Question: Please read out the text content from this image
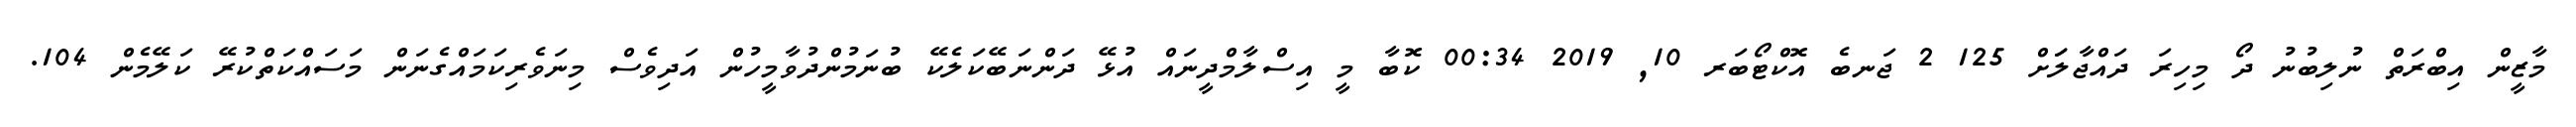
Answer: މާޒީން އިބްރަތް ނުލިބުނު ދޯ މިހިރަ ދައްޖާލަަށް 125 2 ޖަނބެ އޮކްޓޯބަރ 10, 2019 00:34 ކޮބާ މީ އިސްލާމްދީނައް އުޅޭ ދަންނަބޭކަލެކޭ ބުނަމުންދުވާމީހުން އަދިވެސް މިނަވެރިކަމައްގެނަން މަސައްކަތްކުރޭ ކަލޭމެން 104.